Punjab Mental Hospital Lahore 1922-31 - 1922-1931
Year: 1922
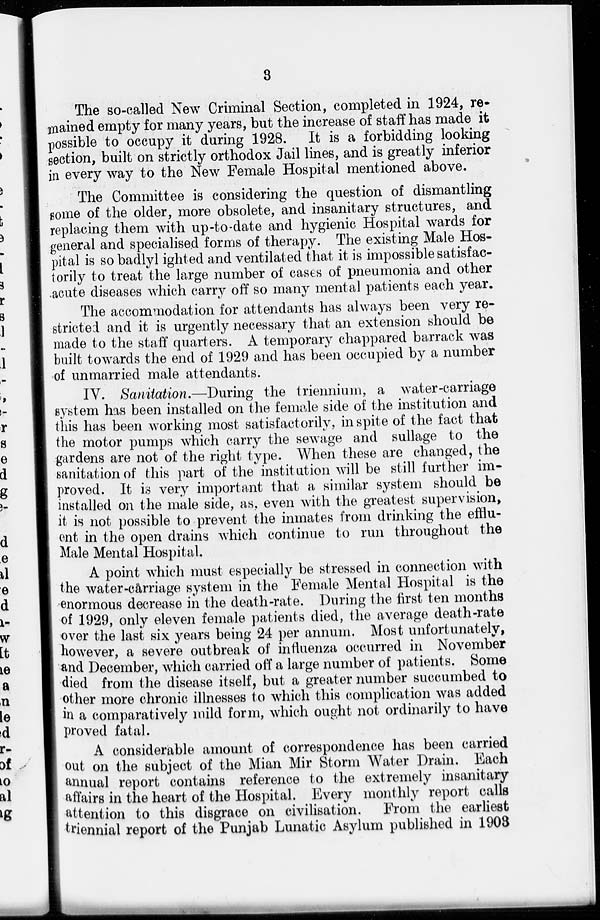
8
The so-called New Criminal Section, completed in 1924, re-
mained empty for many years, but the increase of staff has made it
possible to occupy it during 1928. It is a forbidding looking
section, built on strictly orthodox Jail lines, and is greatly inferior
in every way to the New Female Hospital mentioned above.
The Committee is considering the question of dismantling
some of the older, more obsolete, and insanitary structures, and
replacing them with up-to-date and hygienic Hospital wards for
general and specialised forms of therapy. The existing Male Hos-
pital is so badlyl ighted and ventilated that it is impossible satisfac-
torily to treat the large number of cases of pneumonia and other
acute diseases which carry off so many mental patients each year.
The accommodation for attendants has always been very re-
stricted and it is urgently necessary that an extension should be
made to the staff quarters. A temporary chappared barrack was
built towards the end of 1929 and has been occupied by a number
of unmarried male attendants.
IV. Sanitation.—During the triennium, a water-carriage
system has been installed on the female side of the institution and
this has been working most satisfactorily, in spite of the fact that
the motor pumps which carry the sewage and sullage to the
gardens are not of the right type. When these are changed, the
sanitation of this part of the institution will be still further im-
proved. It is very important that a similar system should be
installed on the male side, as, even with the greatest supervision,
it is not possible to prevent the inmates from drinking the efflu-
ent in the open drains which continue to run throughout the
Male Mental Hospital
A point which must especially be stressed in connection with
the water-carriage system in the Female Mental Hospital is the
enormous decrease in the death-rate. During the first ten months
of 1929, only eleven female patients died, the average death-rate
over the last six years being 24 per annum. Most unfortunately,
however, a severe outbreak of influenza occurred in November
and December, which carried off a large number of patients. Some
died from the disease itself, but a greater number succumbed to
other more chronic illnesses to which this complication was added
in a comparatively mild form, which ought not ordinarily to have
proved fatal.
A considerable amount of correspondence has been carried
out on the subject of the Mian Mir Storm Water Drain. Each
annual report contains reference to the extremely insanitary
affairs in the heart of the Hospital. Every monthly report calls
attention to this disgrace on civilisation. From the earliest
triennial report of the Punjab Lunatic Asylum published in 1903